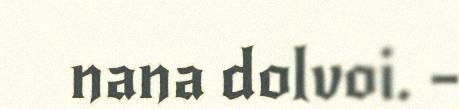
nana dolvoi. –